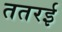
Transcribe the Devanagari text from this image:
ततरई